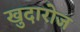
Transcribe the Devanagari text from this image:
खुदारोज